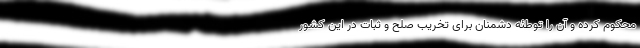
محکوم کرده و آن را توطئه دشمنان برای تخریب صلح و ثبات در این کشور